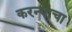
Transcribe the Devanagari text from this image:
करन्याचा